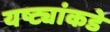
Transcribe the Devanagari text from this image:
यष्ट्यांकडे